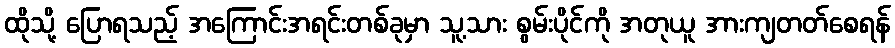
ထိုသို့ ပြောရသည့် အကြောင်းအရင်းတစ်ခုမှာ သူ့သား စွမ်းပိုင်ကို အတုယူ အားကျတတ်စေရန်